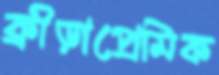
ক্রীড়াপ্রেমিক